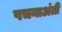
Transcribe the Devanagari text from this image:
पचनाअंती